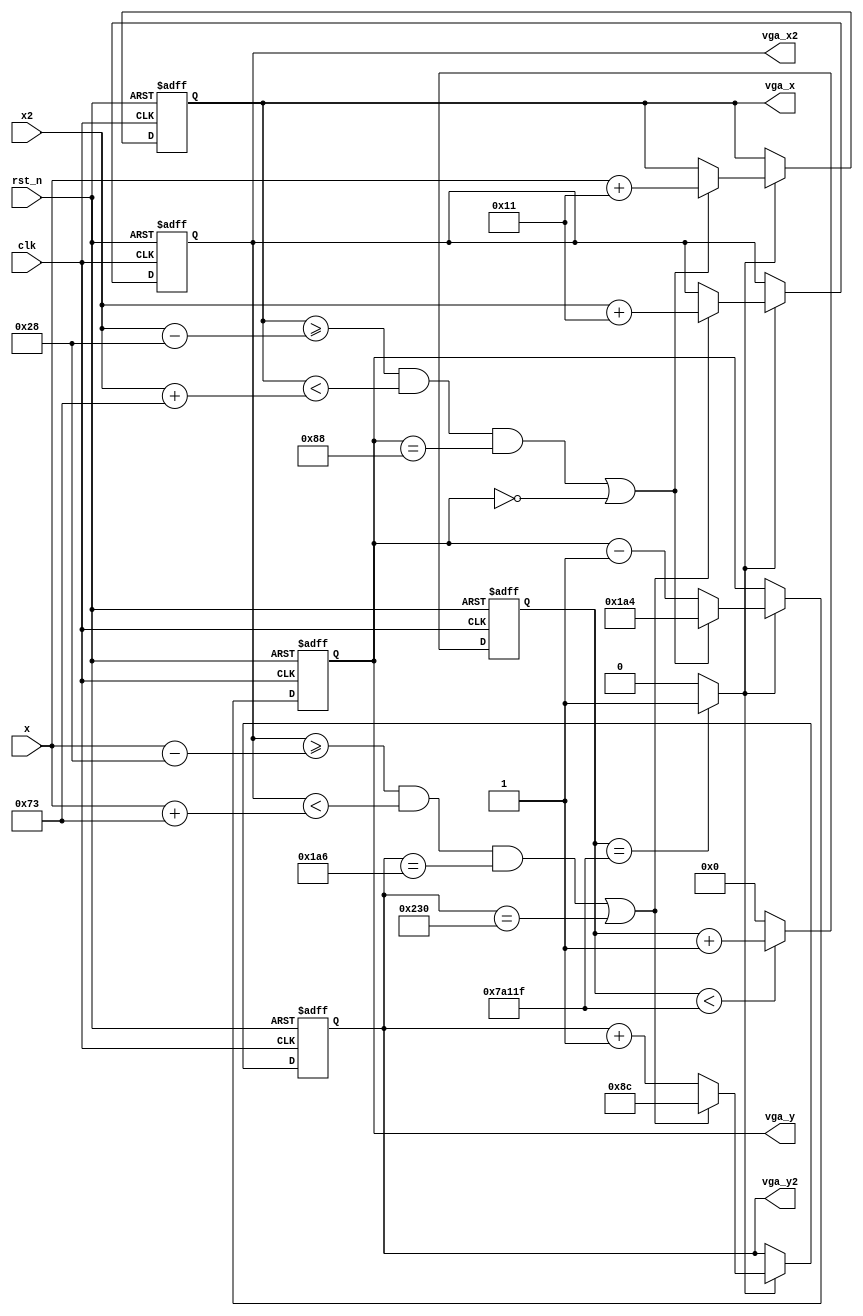
module square_logic(
   input							clk,
	input							rst_n,
	input	[9:0]			      x,				
	input [9:0]             x2,
	
	output	reg[9:0]			vga_x,			
	output	reg[9:0]			vga_y,
	output	reg[9:0]			vga_x2,			
	output	reg[9:0]			vga_y2
	);
	reg	[31:0]      cnt;			
	reg					x_direct;		
	reg					y_direct;
	wire	         	move_en;
	
	parameter	T_10ms = 500_000;
	parameter	side = 40;				
	parameter	block = 40;			
	parameter	stick = 75;        
	parameter	vga_xdis = 800;		
	parameter	vga_ydis = 600;	
	parameter	y = 462;
	parameter   y2 = 136;	
	
	always @ (posedge clk, negedge rst_n) begin
		if(rst_n == 1'b0)
			cnt<=32'd0;
		else if(cnt < T_10ms - 1)
			cnt<=cnt + 32'd1;
		else
			cnt<=32'd0;
	end
	
	assign move_en = (cnt == T_10ms - 1)? 1'b1:1'b0; 		
		
	
	always @ (posedge clk, negedge rst_n) begin
		if(rst_n == 1'b0)begin
			vga_x<=10'd379;
			vga_y<=10'd420;
		end
		else if(move_en == 1'b1)begin
				if((vga_x>=x2-10'd40 && vga_x<(x2+10'd115) && vga_y == y2) || vga_y == 1'b0) begin
					vga_x<=x+17;
					vga_y<=10'd420;
				end
				else 
					vga_y<=vga_y - 10'd1;
		end
	end 
	
	always @ (posedge clk, negedge rst_n) begin
		if(rst_n == 1'b0)begin
			vga_x2<=10'd379;
			vga_y2<=10'd140;
		end
		else if(move_en == 1'b1)begin
				if((vga_x2>=x-10'd40 && vga_x2<(x+10'd115) && vga_y2 == y-side) || vga_y2 == vga_ydis-side) begin
					vga_x2<=x2+17;
					vga_y2<=10'd140;
				end
				else 
					vga_y2<=vga_y2 + 10'd1;
		end
	end 
	
endmodule